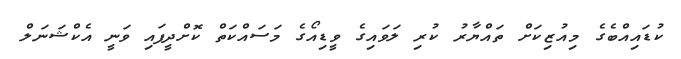
ކުޑައިއްބެގެ މިއުޒިކަށް ތައްޔާރު ކުރި ލަވައިގެ ވީޑިއޯގެ މަސައްކަތް ކޮށްދީފައި ވަނީ އެކްޝަނަލް